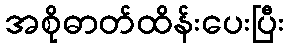
အစိုဓာတ်ထိန်းပေးပြီး